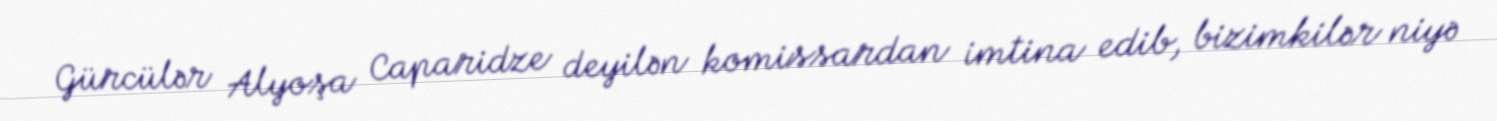
Gürcülər Alyoşa Caparidze deyilən komissardan imtina edib, bizimkilər niyə